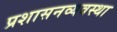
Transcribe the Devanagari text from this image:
प्रशासनव्यवस्था